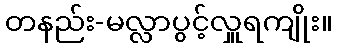
တနည်း-မလ္လာပွင့်လှူရကျိုး။